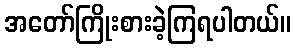
အတော်ကြိုးစားခဲ့ကြရပါတယ်။